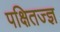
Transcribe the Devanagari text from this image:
पक्षितज्‍ज्ञ